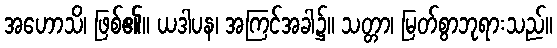
အဟောသိ၊ ဖြစ်၏။ ယဒါပန၊ အကြင်အခါ၌။ သတ္တာ၊ မြတ်စွာဘုရားသည်။